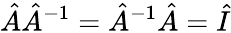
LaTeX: {\hat{A}}{\hat{A}}^{-1}={\hat{A}}^{-1}{\hat{A}}={\hat{I}}